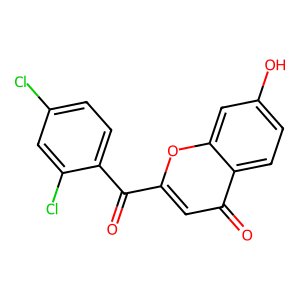
SMILES: O=C(c1cc(=O)c2ccc(O)cc2o1)c1ccc(Cl)cc1Cl
Inhibits HIV replication: No